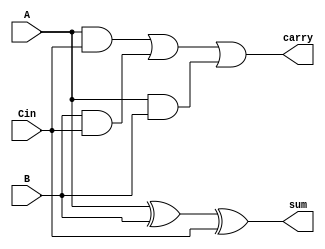
//Structural Modelling on Full Adder

module exp_str(sum, carry, A, B, Cin);
input A, B, Cin; output sum, carry;
xor g1(sum, A, B, Cin);
wire y1, y2, y3;
and g2(y1, A, Cin);
and g3(y2, B, Cin);
and g4(y3, A, B);
or g5(carry, y1, y2, y3);
endmodule